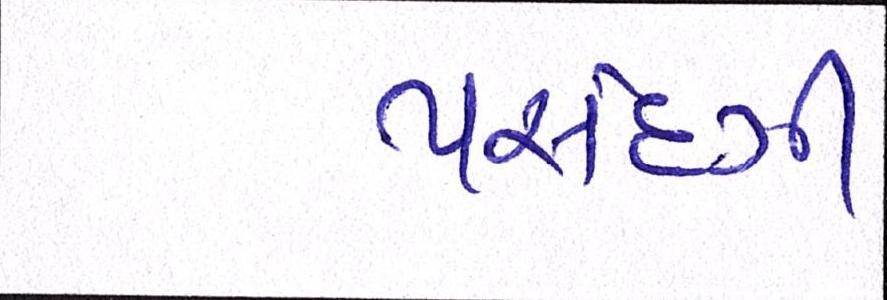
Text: પસંદગી